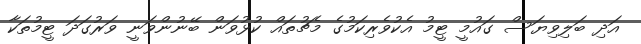
އަދި ބަލިވިޔަސް ގައުމީ ޓީމު އެކުވެރިކަމުގެ މެޗުތައް ކުޅުވަން ބޭނުންވަނީ ވަރުގަދަ ޓީމުތަކާ